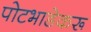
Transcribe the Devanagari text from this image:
पोटभाडेकरू